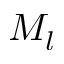
M _ { l }